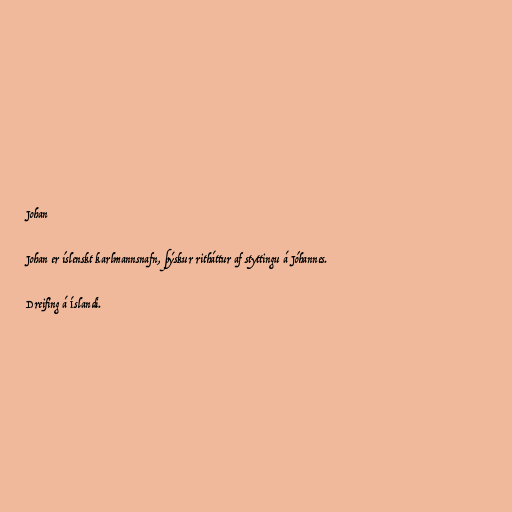
Johan

Johan er íslenskt karlmannsnafn, þýskur ritháttur af styttingu á Jóhannes.

Dreifing á Íslandi.